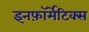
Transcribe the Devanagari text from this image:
इनफ़ॉर्मेटिक्स